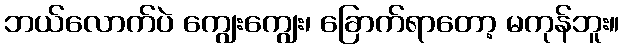
ဘယ်လောက်ပဲ ကျွေးကျွေး၊ ခြောက်ရာတော့ မကုန်ဘူး။